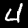
Label: 4